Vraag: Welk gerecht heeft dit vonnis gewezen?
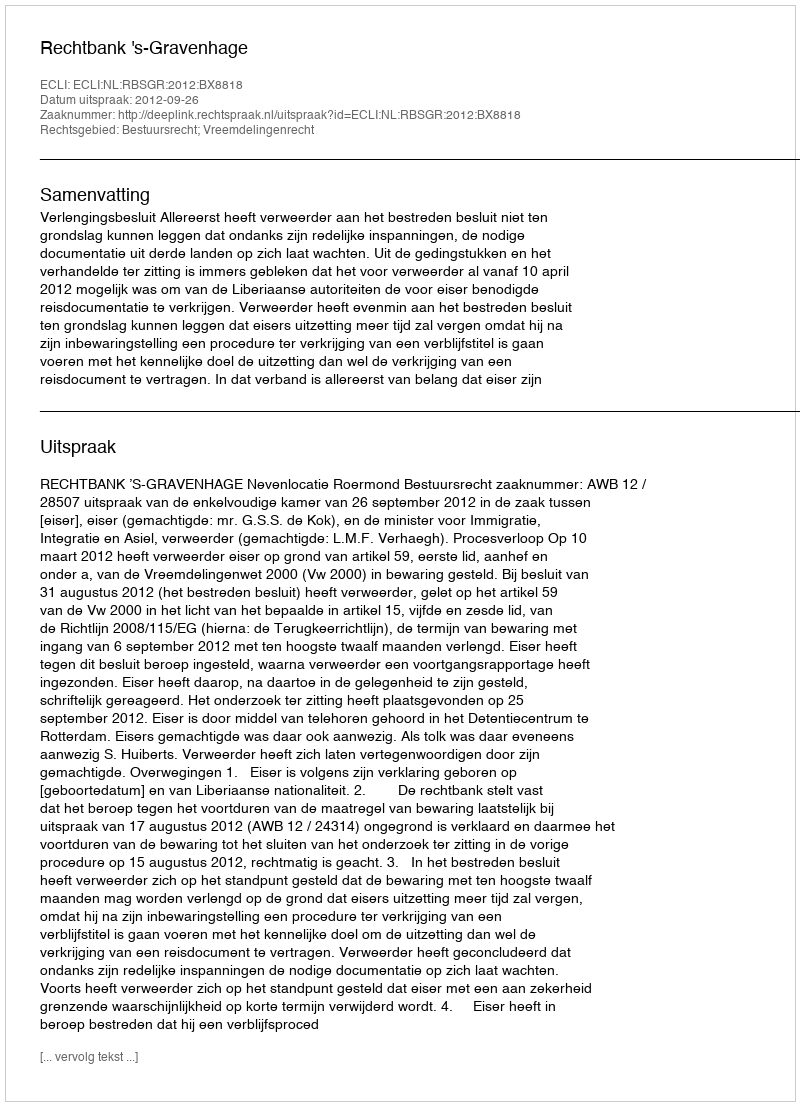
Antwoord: Rechtbank 's-Gravenhage